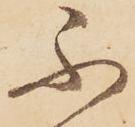
不